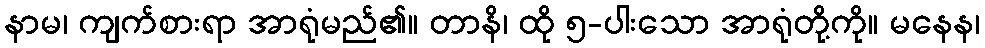
နာမ၊ ကျက်စားရာ အာရုံမည်၏။ တာနိ၊ ထို ၅-ပါးသော အာရုံတို့ကို။ မနေန၊